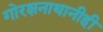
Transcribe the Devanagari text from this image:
गोरक्षनाथानीही